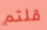
قلتم